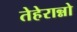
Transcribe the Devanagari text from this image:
तेहेरान्नो